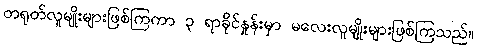
တရုတ်လူမျိုးများဖြစ်ကြကာ ၃ ရာခိုင်နှုန်းမှာ မလေးလူမျိုးများဖြစ်ကြသည်။